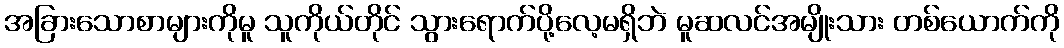
အခြားသောစာများကိုမူ သူကိုယ်တိုင် သွားရောက်ပို့လေ့မရှိဘဲ မူဆလင်အမျိုးသား တစ်ယောက်ကို